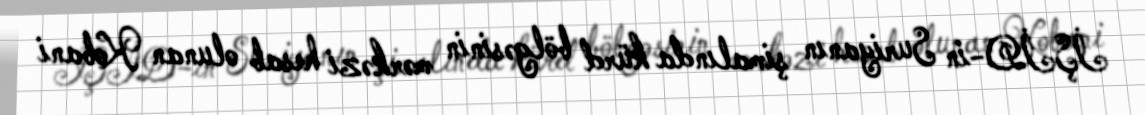
İŞİD-in Suriyanın şimalında kürd bölgəsinin mərkəzi hesab olunan Kobani